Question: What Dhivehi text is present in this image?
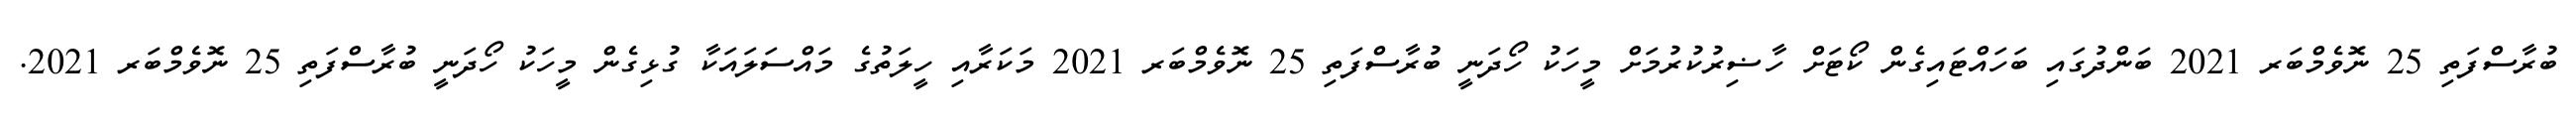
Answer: ބުރާސްފަތި 25 ނޮވެމްބަރ 2021 ބަންދުގައި ބަހައްޓައިގެން ކޯޓަށް ހާޟިރުކުރުމަށް މީހަކު ހޯދަނީ ބުރާސްފަތި 25 ނޮވެމްބަރ 2021 މަކަރާއި ހީލަތުގެ މައްސަލައަކާ ގުޅިގެން މީހަކު ހޯދަނީ ބުރާސްފަތި 25 ނޮވެމްބަރ 2021.